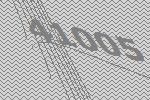
41005